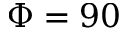
\Phi = 9 0